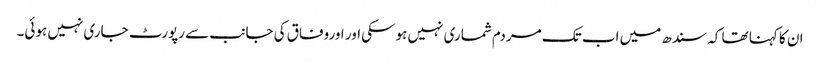
ان کا کہنا تھا کہ سندھ میں اب تک مردم شماری نہیں ہوسکی اور اوروفاق کی جانب سے رپورٹ جاری نہیں ہوئی۔